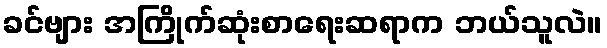
ခင်ဗျား အကြိုက်ဆုံးစာရေးဆရာက ဘယ်သူလဲ။